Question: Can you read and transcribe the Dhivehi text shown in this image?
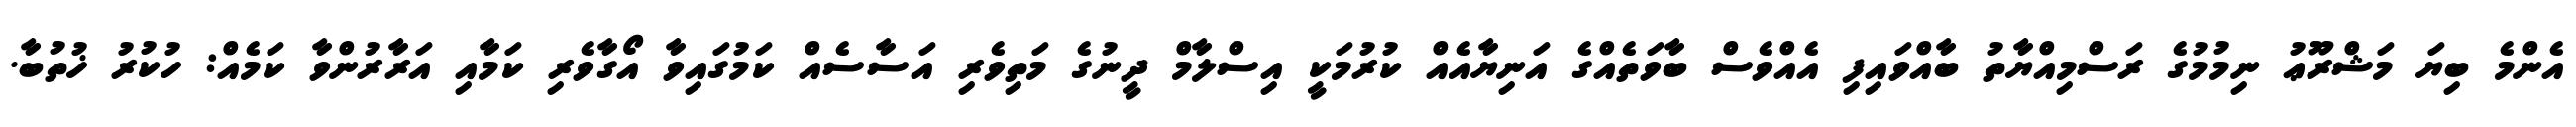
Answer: އެންމެ ބިޔަ މަޝްރޫޢު ނިމުމުގެ ރަސްމިއްޔާތު ބާއްވައިފި އެއްވެސް ބާވަތެއްގެ އަނިޔާއެއް ކުރުމަކީ އިސްލާމް ދީނުގެ މަތިވެރި އަސާސެއް ކަމުގައިވާ އޯގާވެރި ކަމާއި އަރާރުންވާ ކަމެއް: ހުކުރު ޚުތުބާ.